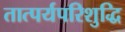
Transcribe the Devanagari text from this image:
तात्पर्यपरिशुद्धि